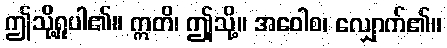
ဤသို့ရှုပါ၏။ ဣတိ၊ ဤုသို့။ အဝေါစ၊ လျှောက်၏။